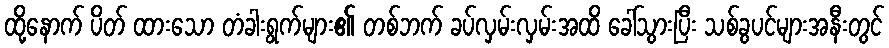
ထို့နောက် ပိတ် ထားသော တံခါးရွက်များ၏ တစ်ဘက် ခပ်လှမ်းလှမ်းအထိ ခေါ်သွားပြီး သစ်ခွပင်များအနီးတွင်